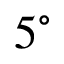
5 ^ { \circ }